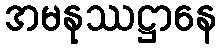
အမနုဿဋ္ဌာနေ